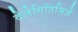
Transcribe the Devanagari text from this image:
देलेगितिमिज़े